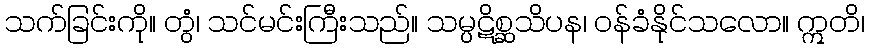
သက်ခြင်းကို။ တွံ၊ သင်မင်းကြီးသည်။ သမ္ပဋိစ္ဆသိပန၊ ဝန်ခံနိုင်သလော။ ဣတိ၊